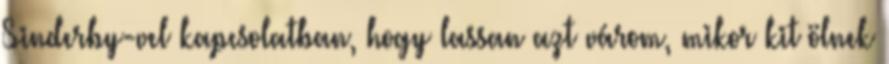
Sinderby-vel kapcsolatban, hogy lassan azt várom, mikor kit ölnek